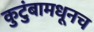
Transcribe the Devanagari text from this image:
कुटुंबामधूनच